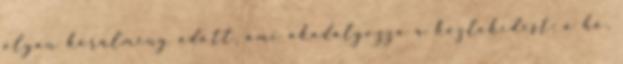
olyan körülmény adott, ami akadályozza a közlekedést: a hó,